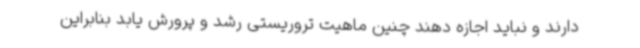
دارند و نباید اجازه دهند چنین ماهیت تروریستی رشد و پرورش یابد بنابراین